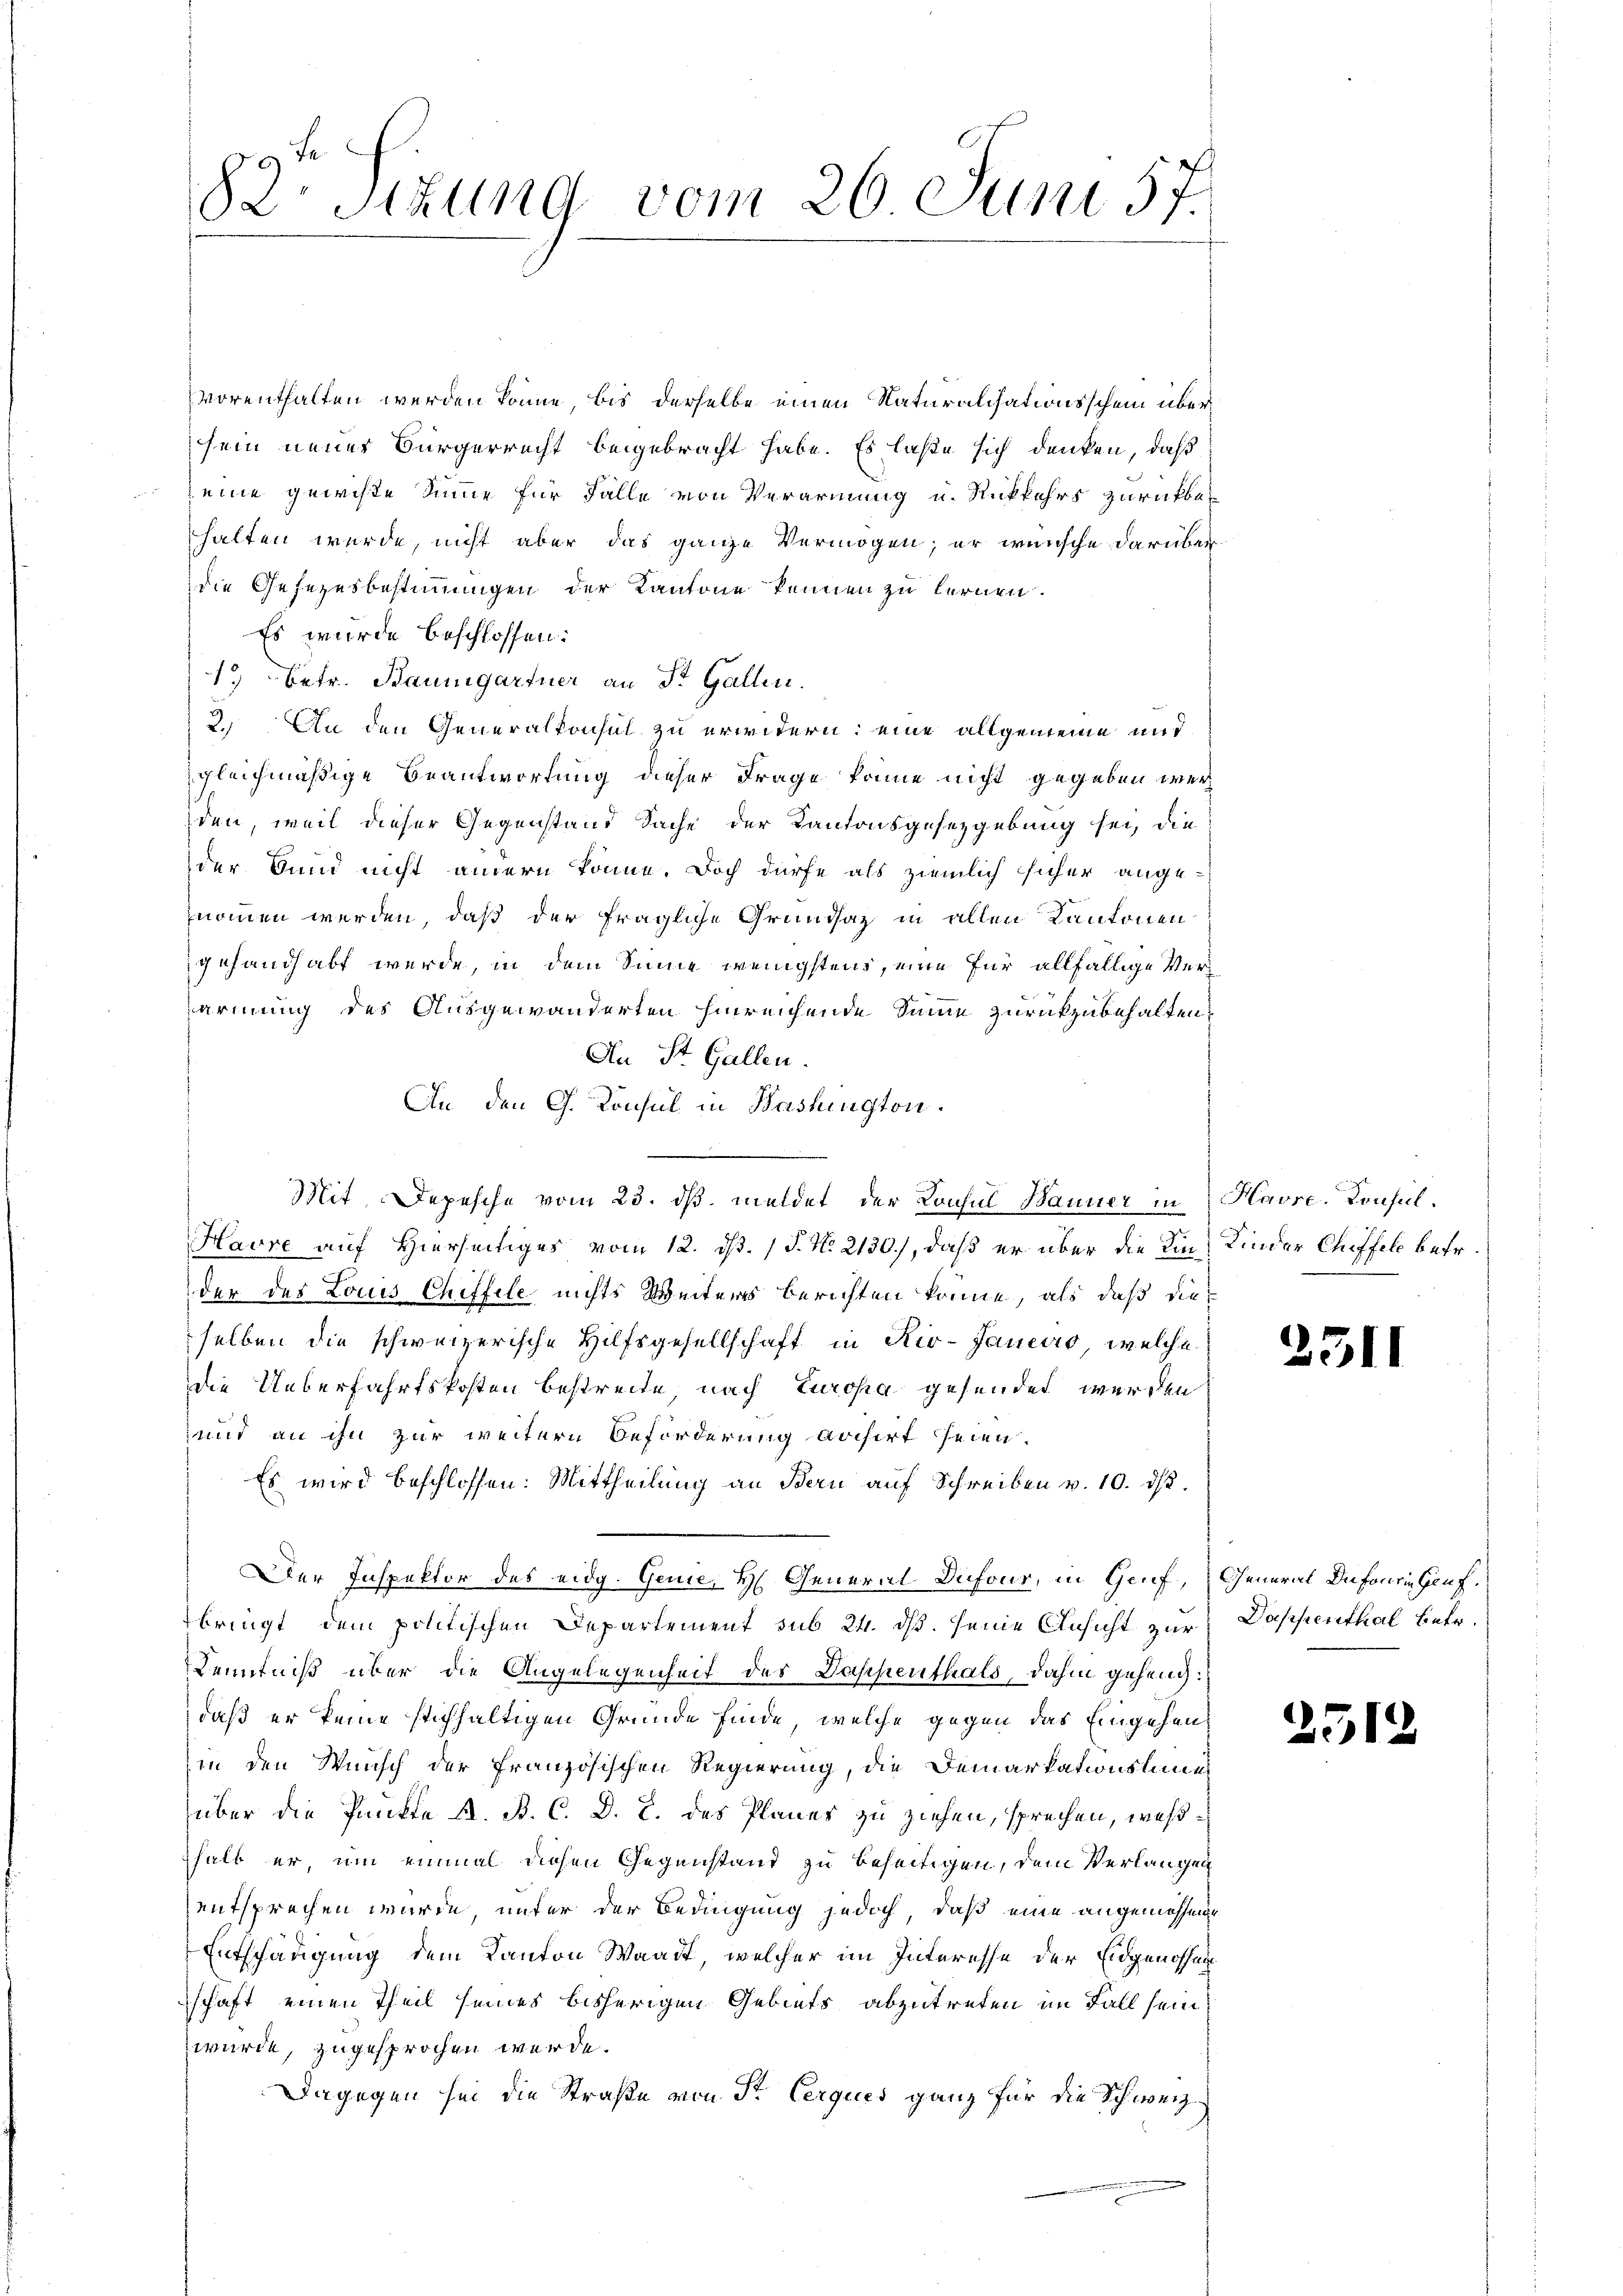
82. Situng vom 26 Juni 57.

vorenthalten werden könne, bis derselbe einen Naturalisationsschein übersein neues Bürgerrecht beigebracht habe. Es laße sich denken, daß
eine gewichte Summe für Falle von Verarmung u. Rückkehrs zurückbehalten wurde, nicht aber das ganze Vermögen; er wünsche darüber
die Gesezesbestimmungen der Kantone kennen zu lernen.
Es wurde beschlossen:
1) betr. Baumgartner an St. Gallen.
2.) An den Generalkonsul zu erwidern: eine allgemeine und
gleichmäßige Beantwortung dieser Frage könne nicht gegeben werden, weil dieser Gegenstand Sache der Kantonsgesetzgebung sei, die
der Bund nicht andern könne. Doch dürfe als ziemlich sicher angenommen werden, daß der fragliche Grundsaz in allen Kantonen
gehandhabt werde, in dem Sinne wenigstens, eine für allfällige Verarmung des Ausgewanderten hinreichende Sinne zurückzubehalten,
An St. Gallen.
An den G. Konsul in Washington.
Mit, Depesche vom 23. ds. meldet der Konsul Banner in Havsc. Konsul¬
Havre auf Hierseitiges vom 12. d. J. No. 2130.), daß er über die Ein Kinder Chiffele betr.
der des Louis Chiffele nichts Weiters berichten könne, als daß dieselben die schweizerische Hilfsgesellschaft in Riv-Janeiro, welche
die Ueberfahrtskosten bestreite, nach Europa gesendet werden
und an ihn zur weitern Beförderung avisirt seien.
Es wird beschlossen: Mittheilung an Bern auf Schreiben v. 10. ds.
Der Inspektor des eidg. Genie, H. General-Dufous, in Genf, General Dufourie Genfbringt dem politischen Departement sub 24. ds. seine Ansicht zur Dappenthal betr.
Kenntniß über die Angelegenheit des Dappenthals, dahin gehend:
daß er keine stichhaltigen Gründe finde, welche gegen das Eingehens
in den Wunsch der französischen Regierung, die Demarkationsliner
über die Punkte A. B. C. D. R. des Planes zu ziehen, sprechen, weßhalt er, um einmal diesen Gegenstand zu beseitigen, dem Verlangen
entsprechen wurde, unter der Bedingung jedoch, daß eine angemessene
Entschädigung dem Kanton Waadt, welcher im Interesse der Eidgenossen
schaft einen Theil seines bisherigen Gebiets abzutreten im Fall sein,
wurde, zugesprochen werde.
Dagegen sei die Straße von Sr. Cerques ganz für die Schweiz

2311

2512